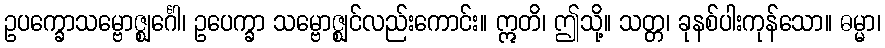
ဥပက္ခောသမ္ဗောဇ္ဈင်္ဂေါ၊ ဥပေက္ခာ သမ္ဗောဇ္ဈင်လည်းကောင်း။ ဣတိ၊ ဤသို့။ သတ္တ၊ ခုနစ်ပါးကုန်သော။ ဓမ္မာ၊